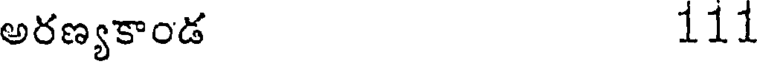
అరణ్యకాండ 111